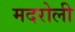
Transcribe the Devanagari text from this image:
मदरोली